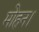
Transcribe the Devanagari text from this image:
मोहन।